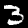
Digit: 3